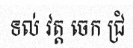
ទល់ វត្ត ចេក ជ្រំ